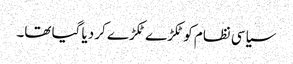
سیاسی نظام کو ٹکڑے ٹکڑے کر دیا گیا تھا۔